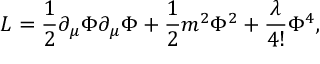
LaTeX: { \cal L } = \frac { 1 } { 2 } \partial _ { \mu } \Phi \partial _ { \mu } \Phi + \frac { 1 } { 2 } m ^ { 2 } \Phi ^ { 2 } + \frac { \lambda } { 4 ! } \Phi ^ { 4 } ,